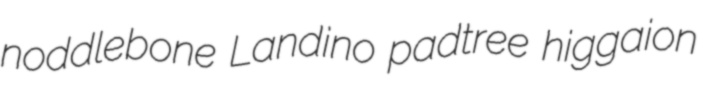
noddlebone Landino padtree higgaion